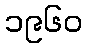
၁၉၆၀